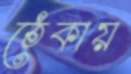
ঠেকায়